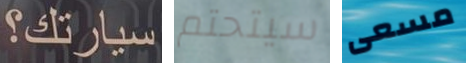
سيارتك؟ سيتحتم مسعى